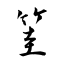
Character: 筀